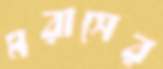
মরাসের